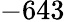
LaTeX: -643